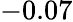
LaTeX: -0.07